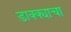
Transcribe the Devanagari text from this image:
डाक्क्याचा